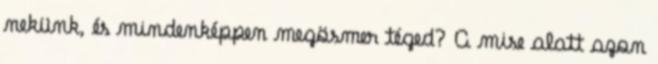
nekünk, és mindenképpen megösmer téged? A mise alatt azon